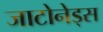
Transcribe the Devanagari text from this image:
जाटोनेड्स